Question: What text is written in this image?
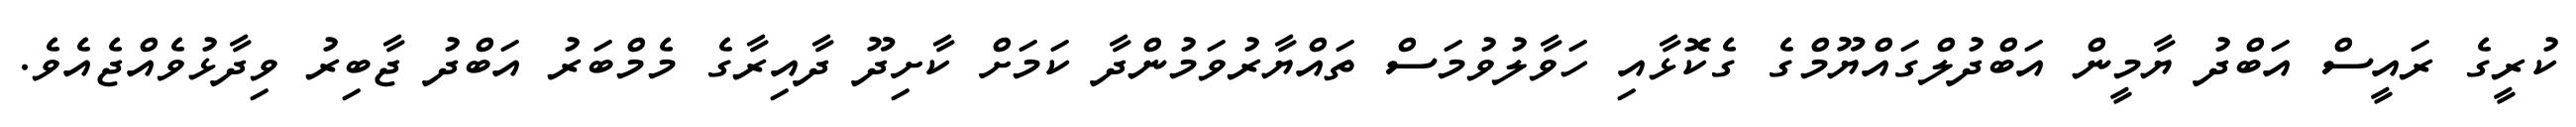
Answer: ކުރީގެ ރައީސް އަބްދު ޔާމީން އަބްދުލްގައްޔޫމްގެ ގެކޮޅާއި ހަވާލުވުމަސް ތައްޔާރުވަމުންދާ ކަމަށް ކާށިދޫ ދާއިރާގެ މެމްބަރު އަބްދު ޖާބިރު ވިދާޅުވެއްޖެއެވެ.